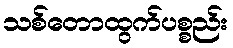
သစ်တောထွက်ပစ္စည်း